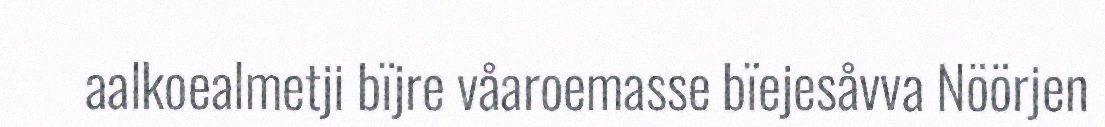
aalkoealmetji bïjre våaroemasse bïejesåvva Nöörjen